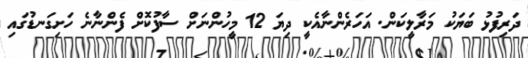
ދަރިފުޅު ބަޔަކު މަރާލީކަން. އަހަރެންނާއެކީ ދިޔަ 12 މީހުންނަށް ސާފުކޮށް ފެންނާނެ ހަށިގަނޑުގައި